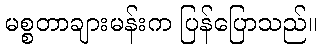
မစ္စတာချားမန်းက ပြန်ပြောသည်။